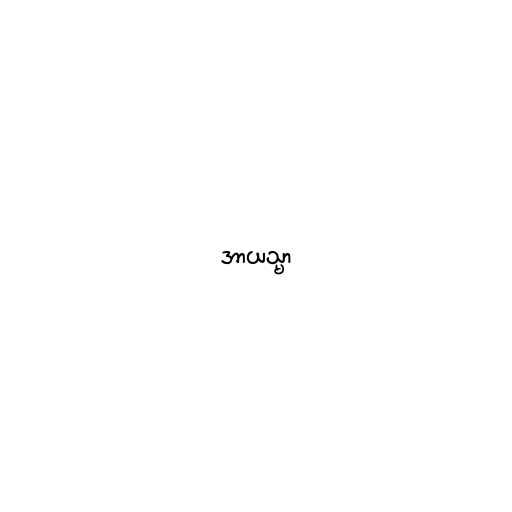
အာယသ္မာ